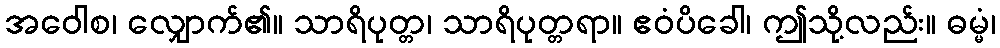
အဝေါစ၊ လျှောက်၏။ သာရိပုတ္တ၊ သာရိပုတ္တရာ။ ဧဝံပိခေါ၊ ဤသို့လည်း။ ဓမ္မံ၊